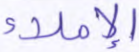
الإملاء